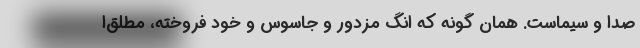
صدا و سیماست. همان گونه که انگ مزدور و جاسوس و خود فروخته، مطلق‌ا